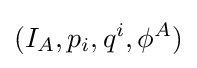
(I_{A},p_{i},q^{i},\phi ^{A})